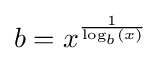
b=x^{\frac {1}{\log _{b}(x)}}